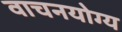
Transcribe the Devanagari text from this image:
वाचनयोग्य